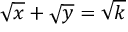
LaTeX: { \sqrt { x } } + { \sqrt { y } } = { \sqrt { k } }